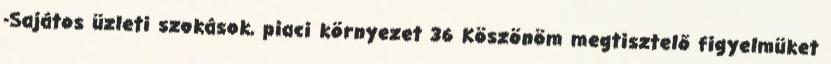
-Sajátos üzleti szokások, piaci környezet 36 Köszönöm megtisztelő figyelmüket